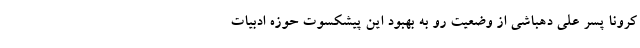
کرونا پسر علی دهباشی از وضعیت رو به ‌بهبود این پیشکسوت حوزه ادبیات